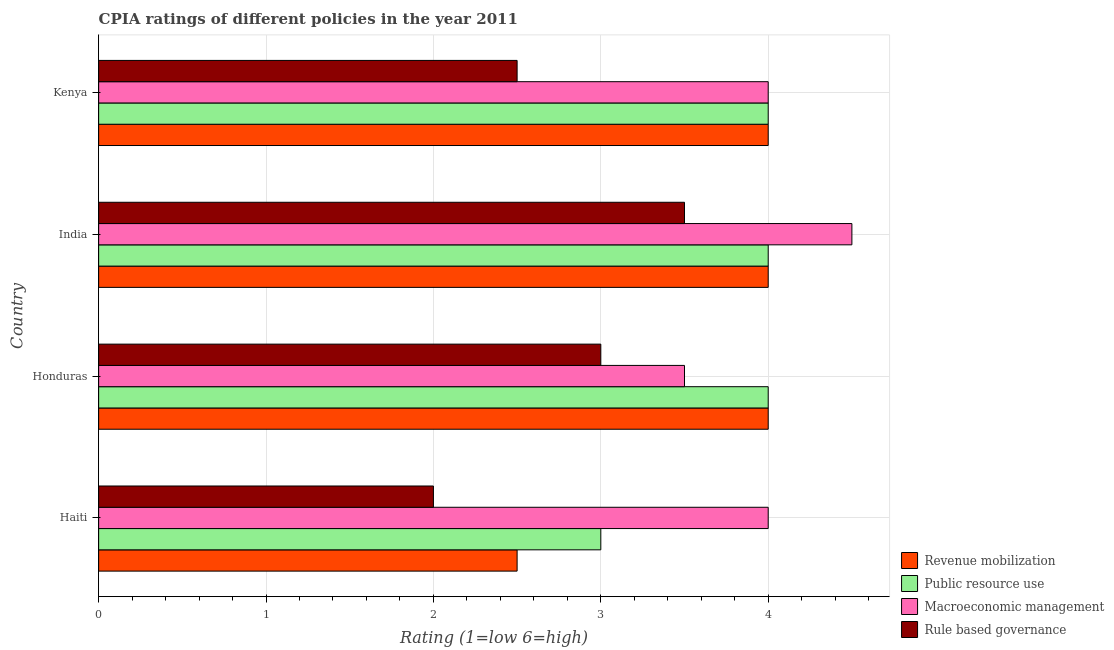
| Country | Revenue mobilization | Public resource use | Macroeconomic management | Rule based governance |
 | --- | --- | --- | --- | --- |
 | Haiti | 2.5 | 3 | 4 | 2 |
 | Honduras | 4 | 4 | 3.5 | 3 |
 | India | 4 | 4 | 4.5 | 3.5 |
 | Kenya | 4 | 4 | 4 | 2.5 |